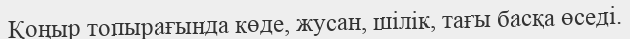
Қоңыр топырағында көде, жусан, шілік, тағы басқа өседі.